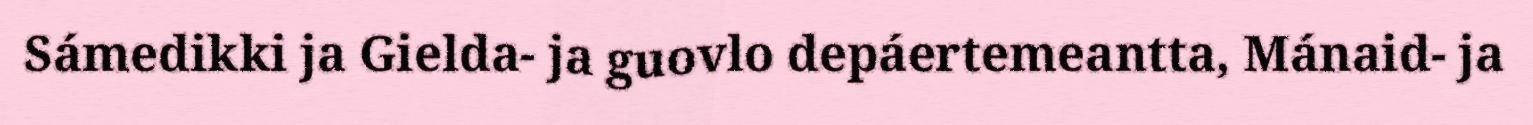
Sámedikki ja Gielda- ja guovlo depáertemeantta, Mánaid- ja